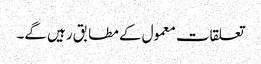
تعلقات معمول کے مطابق رہیں گے۔